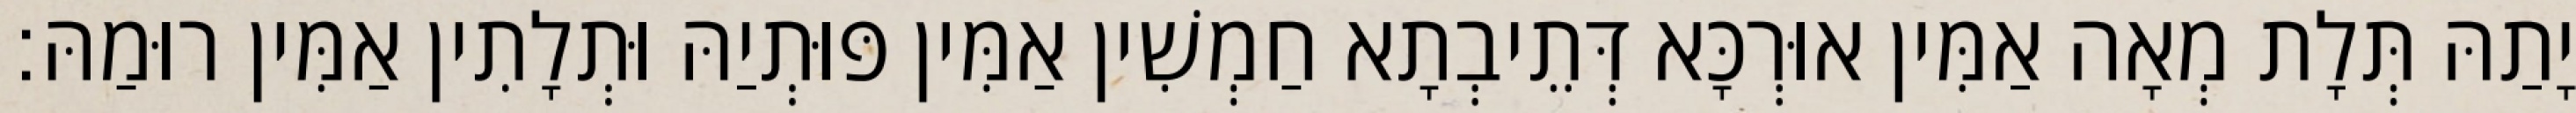
יָתַהּ תְּלָת מְאָה אַמִּין אוּרְכָּא דְּתֵיבְתָא חַמְשִׁין אַמִּין פּוּתְיַהּ וּתְלָתִין אַמִּין רוּמַהּ׃